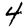
Digit: 4